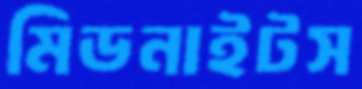
মিডনাইটস